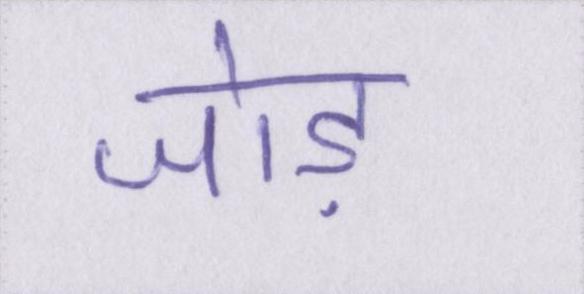
जोड़